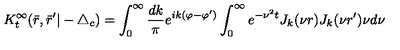
K _ { t } ^ { \infty } ( \bar { r } , \bar { r } ^ { \prime } | - \triangle _ { c } ) = \int _ { 0 } ^ { \infty } \frac { d k } { \pi } e ^ { i k ( \varphi - \varphi ^ { \prime } ) } \int _ { 0 } ^ { \infty } e ^ { - \nu ^ { 2 } t } J _ { k } ( \nu r ) J _ { k } ( \nu r ^ { \prime } ) \nu d \nu